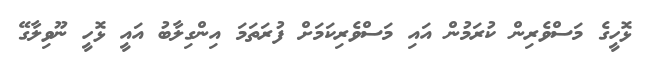
ޅޮހީގެ މަސްވެރިން ކުރަމުން އައި މަސްވެރިކަމަށް ފުރަތަމަ އިންގިލާބު އައީ ޅޮހީ ނޫވިލާގޭ